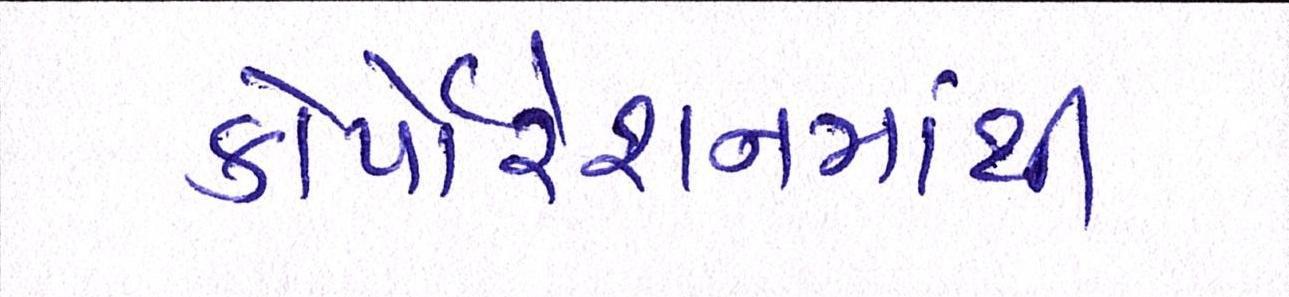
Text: કોર્પોરેશનમાંથી